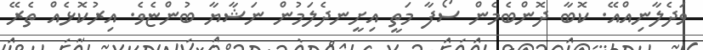
ވަދެލާނިއްއޭ. ކޮބާ ދޮންބެމެން ސޯފާ މަތީ އިށީނދެލަމުން ނަޝާޔާ ބުންޏެވެ. އިރުކޮޅެއް ތެރޭ